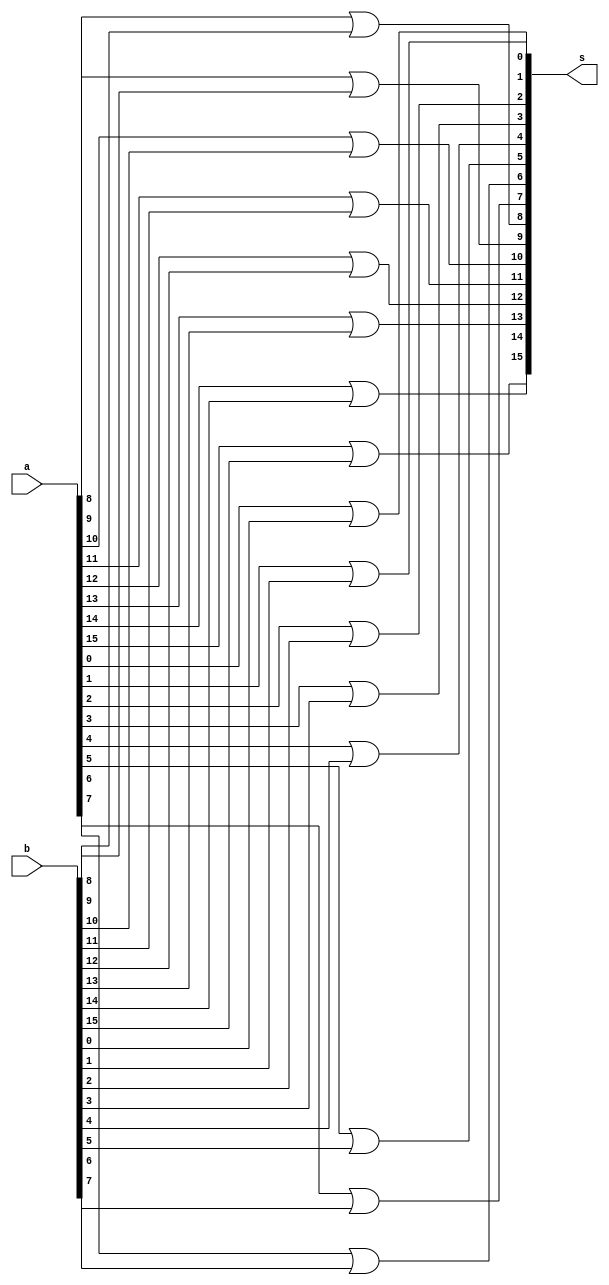
module Or_16(input [15:0] a, b, output [15:0] s);
	assign s[0] = a[0] | b[0];
	assign s[1] = a[1] | b[1];
	assign s[2] = a[2] | b[2];
	assign s[3] = a[3] | b[3];
	assign s[4] = a[4] | b[4];
	assign s[5] = a[5] | b[5];
	assign s[6] = a[6] | b[6];
	assign s[7] = a[7] | b[7];
	assign s[8] = a[8] | b[8];
	assign s[9] = a[9] | b[9];
	assign s[10] = a[10] | b[10];
	assign s[11] = a[11] | b[11];
	assign s[12] = a[12] | b[12];
	assign s[13] = a[13] | b[13];
	assign s[14] = a[14] | b[14];
	assign s[15] = a[15] | b[15];
endmodule

module testbench();

//Testing Or_16

  reg [15:0] a, b;
  wire [15:0] s;

  Or_16 simpleOr(a, b, s);

  initial begin 
    a = 0; b = 0; 
    #250  a=16'b0000010001110101;b=16'b0101100101110110;
    #250  a=16'b0111010001110101;b=16'b0101100110010110;
    #250  a=16'b1111010001110101;b=16'b1101100110010110;
  end

  initial begin
    $display("        A                          B                        OR    ");
    $monitor(" %b          %b          %b         ", a, b, s);
  end

endmodule